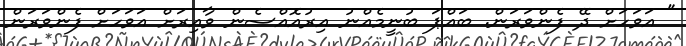
" އަވަހަށް ދޭ ފެންވަރަން. ބައްޕަ ބުނީމެއްނު އިރުއޮއްސެން ވާއިރަށް އަވަހަށް ފެންވަރަން